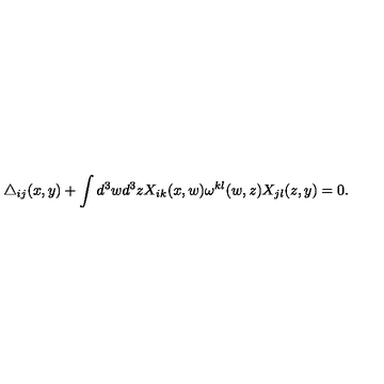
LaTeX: \triangle _ { i j } ( x , y ) + \int d ^ { 3 } w d ^ { 3 } z X _ { i k } ( x , w ) \omega ^ { k l } ( w , z ) X _ { j l } ( z , y ) = 0 .